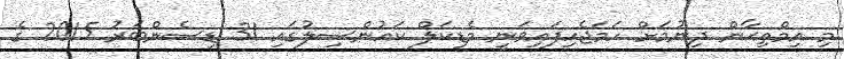
މި އިމްތިޙާން ދިނުމަށް ހަމަޖެހިފައިވަނީ މެޑިކަލް ކައުންސިލުގައި 31 ޑިސެންބަރު 2015 ގެ